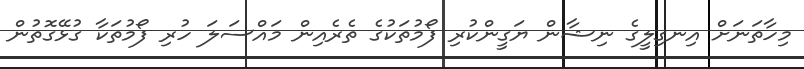
މިހާތަނަށް އިނގިލީގެ ނިޝާން ޔަގީންކުރި ފޯމުތަކުގެ ތެރެއިން މައްސަލަ ހުރި ފޯމުތަކާ ގުޅޭގޮތުން